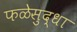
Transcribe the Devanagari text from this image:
फळेसुद्धा